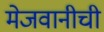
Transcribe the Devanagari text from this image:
मेजवानीची